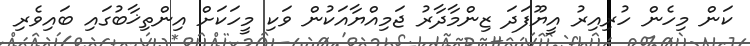
ކަން މިހެން ހުރިއިރު އީޔޫފަދަ ޒިންމާދާރު ޖަމިއްޔާއަކުން ވަކި މީހަކަށް އިންތިޚާބުގައި ބައިވެރި